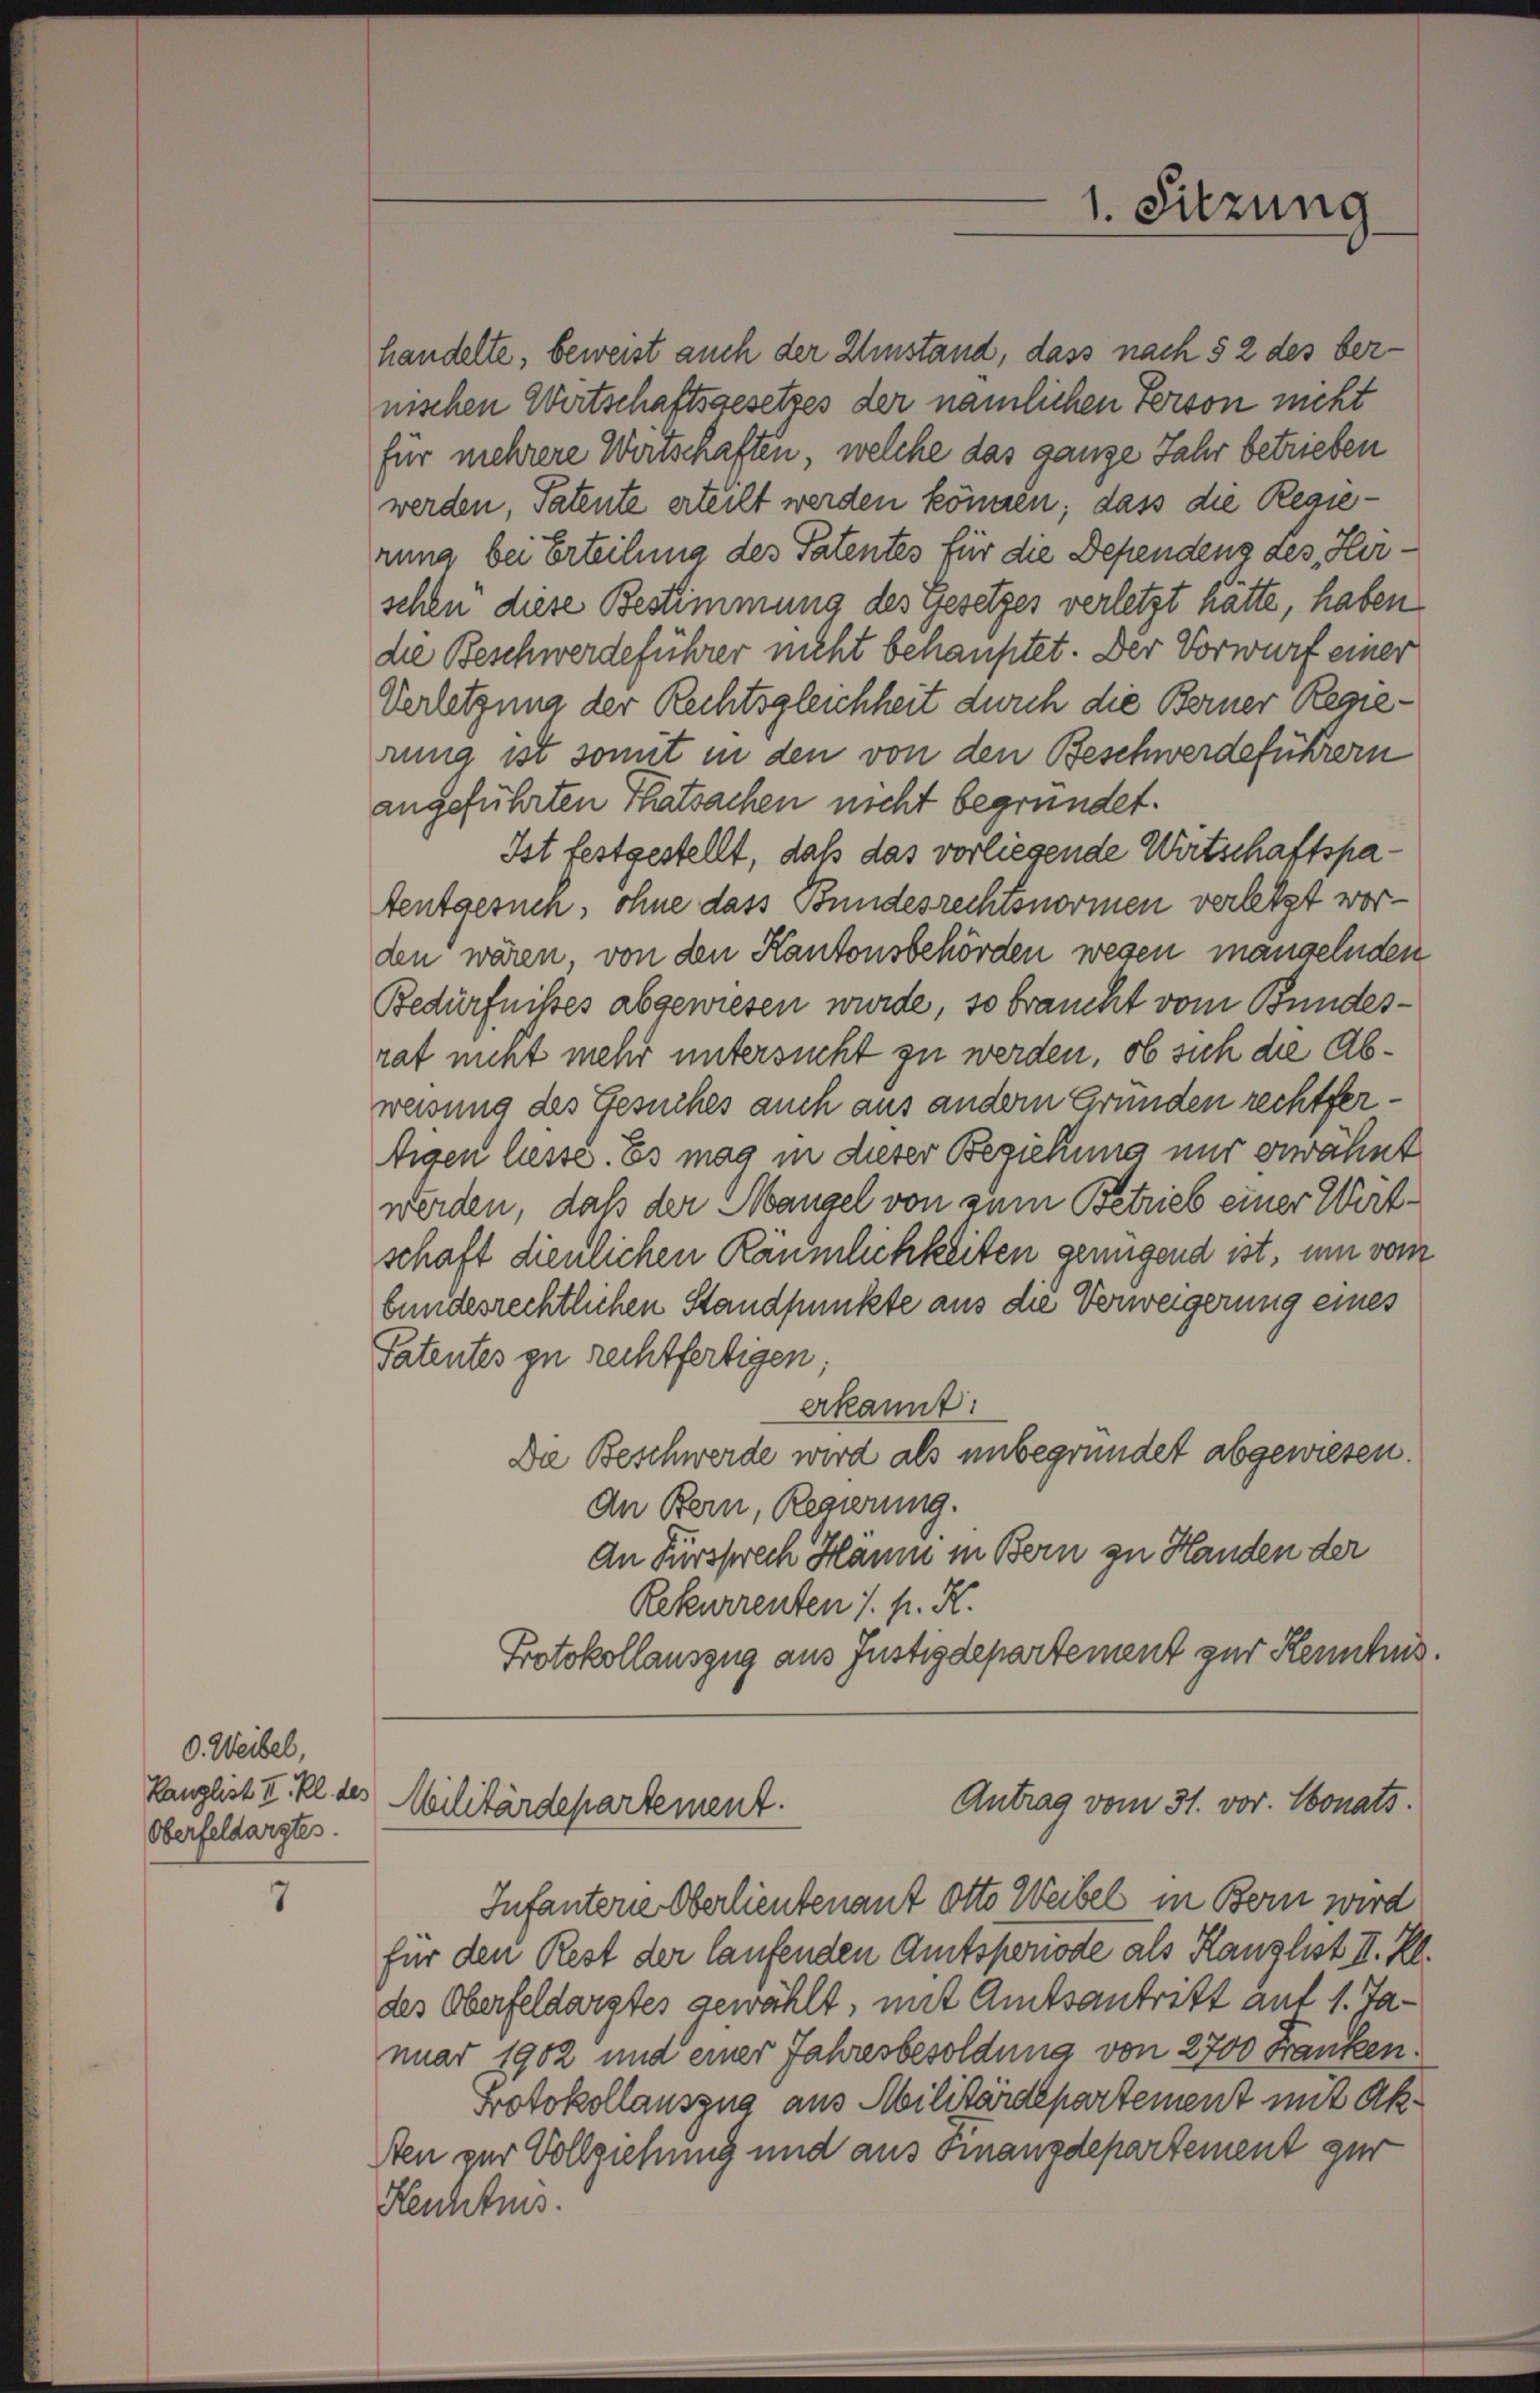
0. Weibel,
Kanzlist II. Kl. des
Oberfeldargtes.

7

nischen Wertschaftsgesetzes der nämlichen Person nicht
für mehrere Wirtschaften, welche das ganze Jahr betrieben
werden, Patente erteilt werden können; dass die Regierung bei Erteilung des Patentes für die Dependens des Herschen diese Bestimmung des Gesetzes verletzt hätte, haben
die Beschwerdeführer nicht behauptet. Der Vorwurf einer
Verletzung der Rechtsgleichheit durch die Berner Regierung ist somit in den von den Beschwerdeführern
angeführten Thatsachen nicht begründet.
Ist festgestellt, daß das vorliegende Wirtschaftspatentgesuch, ohne dass Bundesrechtsnormen verletzt worden wären, von den Kantonsbehörden wesen mangelnden
Bedürfnisses abgewiesen wurde, so braucht vom Bundesrat nicht mehr untersucht zu werden, ob sich die Abweisung des Gesuches auch aus andern Gründen rechtfertigen liesse. Es mag in dieser Beziehung nur erwähnt
werden, daß der Mangel von zum Betrieb einer Wärtschaft dienlichen Räumlichkeiten genügend ist, um vom
bundesrechtlichen Standpunkte aus die Verweigerung eines
Patentes zu rechtfertigen;
erkannt:
Da Beschwerde wird als unbegründet abgewiesen.
An Bern, Regierung.
An Fürsprech Haum in Bern zu Handen der
Rekurrenten 1. pr. K.
Protokollauszug aus Justizdepartement zur Kenntnis.

Antrag vom 31. vor. Monats.
Militärdepartement.

1. Sitzung

handelte, beweist auch der Umstand, dass nach § 2 des ber¬

Infanterne Oberlieutenant Otto Weibel in Bern wird
für den Rest der laufenden Amtsperiode als Kanzlist II. Kl.
des Oberfeldarstes gewählt, mit Amtsantritt auf 1. Januar 1902 und einer Jahresbesoldung von 2700 Franken.
Protokollauszug aus Militärdepartement mit Ak¬
Aen zur Vollziehung und aus Finanzdepartement zur
Heuchtnis.